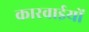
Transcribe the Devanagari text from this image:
कारवाईयों